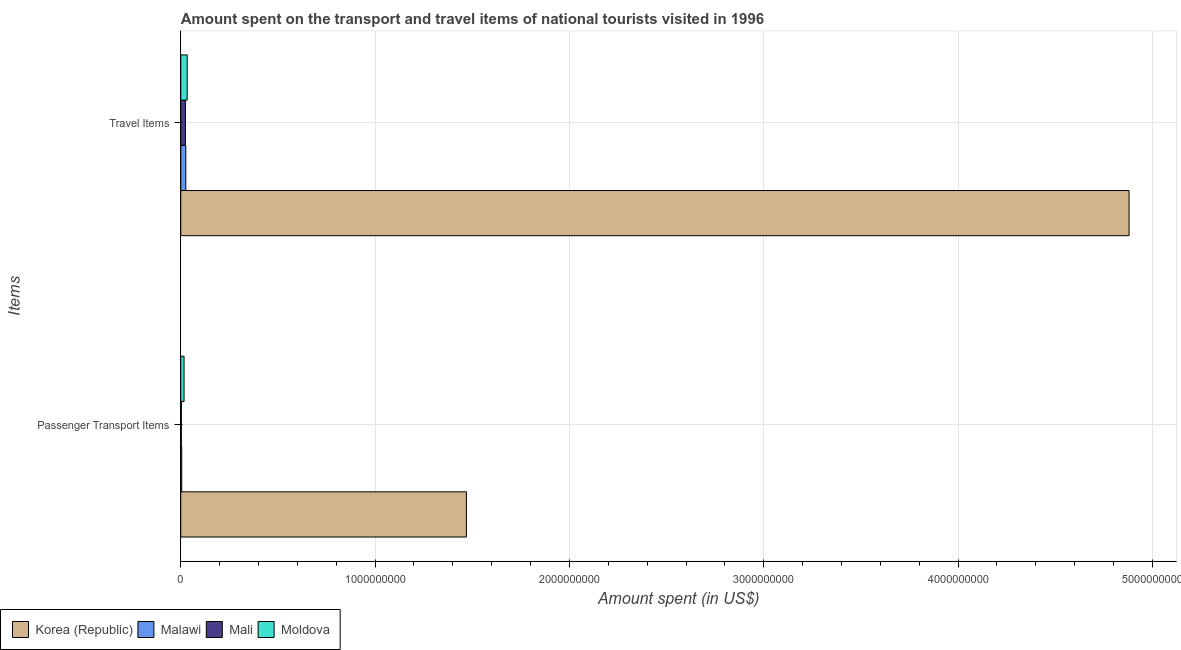
| Items | Korea (Republic) | Malawi | Mali | Moldova |
 | --- | --- | --- | --- | --- |
 | Passenger Transport Items | 1.47e+09 | 5e+06 | 3e+06 | 1.7e+07 |
 | Travel Items | 4.88e+09 | 2.6e+07 | 2.4e+07 | 3.3e+07 |